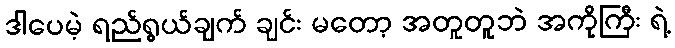
ဒါပေမဲ့ ရည်ရွယ်ချက် ချင်း မတော့ အတူတူဘဲ အကိုကြီး ရဲ့